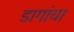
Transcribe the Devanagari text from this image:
डागांचा